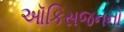
ઑકિસજનનો